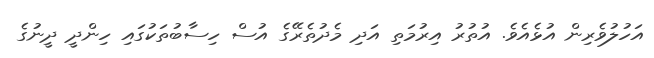
އަހުލުވެރިން އުޅެއެވެ. އުތުރު އިރުމަތި އަދި މެދުތެރޭގެ އުސް ހިސާބުތަކުގައި ހިންދީ ދީނުގެ